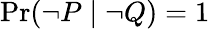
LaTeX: \operatorname*{Pr}(\lnot P\mid\lnot Q)=1